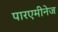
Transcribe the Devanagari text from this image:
पारएमीनेज